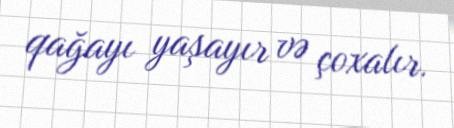
qağayı yaşayır və çoxalır.